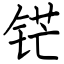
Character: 铓